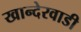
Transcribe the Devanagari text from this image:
खान्देरवाडी